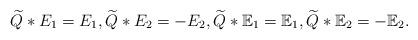
LaTeX: \begin{align*}\begin{aligned}\widetilde{Q}*E_1=E_1,\widetilde{Q}*E_2=-E_2, \widetilde{Q}*\mathbb{E}_1=\mathbb{E}_1,\widetilde{Q}*\mathbb{E}_2=-\mathbb{E}_2.\end{aligned}\end{align*}